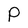
Character: p